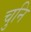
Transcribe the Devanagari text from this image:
चुनि